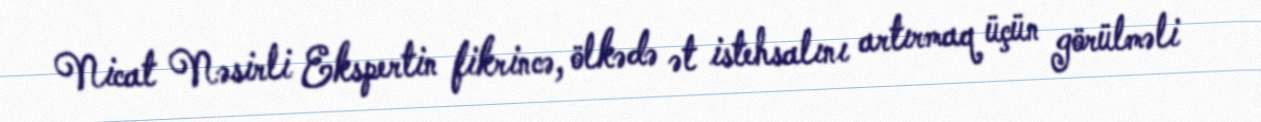
Nicat Nəsirli Ekspertin fikrincə, ölkədə ət istehsalını artırmaq üçün görülməli